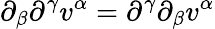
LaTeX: \partial_{\beta}\partial^{\gamma}v^{\alpha}=\partial^{\gamma}\partial_{\beta}v^{\alpha}